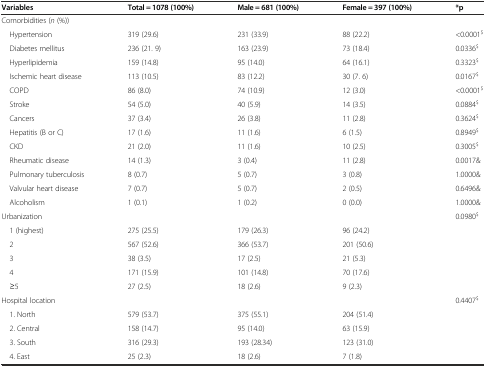
<table><thead><tr><td><b>Variables</b></td><td><b>Total = 1078 (100%)</b></td><td><b>Male = 681 (100%)</b></td><td><b>Female = 397 (100%)</b></td><td><b>*p</b></td></tr></thead><tbody><tr><td>Comorbidities (<i>n</i> (%))</td><td></td><td></td><td></td><td></td></tr><tr><td> Hypertension</td><td>319 (29.6)</td><td>231 (33.9)</td><td>88 (22.2)</td><td>&lt;0.0001<sup>$</sup></td></tr><tr><td> Diabetes mellitus</td><td>236 (21. 9)</td><td>163 (23.9)</td><td>73 (18.4)</td><td>0.0336<sup>$</sup></td></tr><tr><td> Hyperlipidemia</td><td>159 (14.8)</td><td>95 (14.0)</td><td>64 (16.1)</td><td>0.3323<sup>$</sup></td></tr><tr><td> Ischemic heart disease</td><td>113 (10.5)</td><td>83 (12.2)</td><td>30 (7. 6)</td><td>0.0167<sup>$</sup></td></tr><tr><td> COPD</td><td>86 (8.0)</td><td>74 (10.9)</td><td>12 (3.0)</td><td>&lt;0.0001<sup>$</sup></td></tr><tr><td> Stroke</td><td>54 (5.0)</td><td>40 (5.9)</td><td>14 (3.5)</td><td>0.0884<sup>$</sup></td></tr><tr><td> Cancers</td><td>37 (3.4)</td><td>26 (3.8)</td><td>11 (2.8)</td><td>0.3624<sup>$</sup></td></tr><tr><td> Hepatitis (B or C)</td><td>17 (1.6)</td><td>11 (1.6)</td><td>6 (1.5)</td><td>0.8949<sup>$</sup></td></tr><tr><td> CKD</td><td>21 (2.0)</td><td>11 (1.6)</td><td>10 (2.5)</td><td>0.3005<sup>$</sup></td></tr><tr><td> Rheumatic disease</td><td>14 (1.3)</td><td>3 (0.4)</td><td>11 (2.8)</td><td>0.0017&amp;</td></tr><tr><td> Pulmonary tuberculosis</td><td>8 (0.7)</td><td>5 (0.7)</td><td>3 (0.8)</td><td>1.0000&amp;</td></tr><tr><td> Valvular heart disease</td><td>7 (0.7)</td><td>5 (0.7)</td><td>2 (0.5)</td><td>0.6496&amp;</td></tr><tr><td> Alcoholism</td><td>1 (0.1)</td><td>1 (0.2)</td><td>0 (0.0)</td><td>1.0000&amp;</td></tr><tr><td>Urbanization</td><td></td><td></td><td></td><td>0.0980<sup>$</sup></td></tr><tr><td> 1 (highest)</td><td>275 (25.5)</td><td>179 (26.3)</td><td>96 (24.2)</td><td></td></tr><tr><td> 2</td><td>567 (52.6)</td><td>366 (53.7)</td><td>201 (50.6)</td><td></td></tr><tr><td> 3</td><td>38 (3.5)</td><td>17 (2.5)</td><td>21 (5.3)</td><td></td></tr><tr><td> 4</td><td>171 (15.9)</td><td>101 (14.8)</td><td>70 (17.6)</td><td></td></tr><tr><td> ≥5</td><td>27 (2.5)</td><td>18 (2.6)</td><td>9 (2.3)</td><td></td></tr><tr><td>Hospital location</td><td></td><td></td><td></td><td>0.4407<sup>$</sup></td></tr><tr><td> 1. North</td><td>579 (53.7)</td><td>375 (55.1)</td><td>204 (51.4)</td><td></td></tr><tr><td> 2. Central</td><td>158 (14.7)</td><td>95 (14.0)</td><td>63 (15.9)</td><td></td></tr><tr><td> 3. South</td><td>316 (29.3)</td><td>193 (28.34)</td><td>123 (31.0)</td><td></td></tr><tr><td> 4. East</td><td>25 (2.3)</td><td>18 (2.6)</td><td>7 (1.8)</td><td></td></tr></tbody></table>